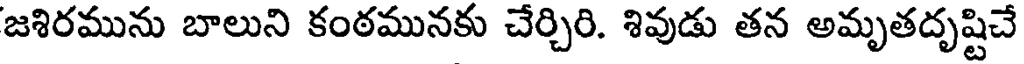
జశిరమును బాలుని కంఠమునకు చేర్చిరి. శివుడు తన అమృతదృష్టిచే